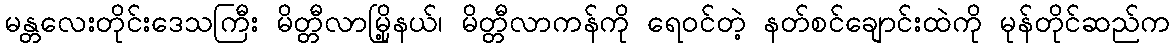
မန္တလေးတိုင်းဒေသကြီး မိတ္တီလာမြို့နယ်၊ မိတ္တီလာကန်ကို ရေဝင်တဲ့ နတ်စင်ချောင်းထဲကို မုန်တိုင်ဆည်က